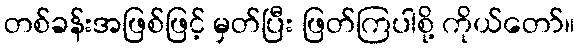
တစ်ခန်းအဖြစ်ဖြင့် မှတ်ပြီး ဖြတ်ကြပါစို့ ကိုယ်တော်။